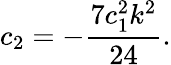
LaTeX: c_{2}=-\frac{7c_{1}^{2}k^{2}}{24}.